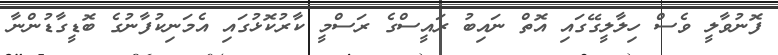
ފޮނުވާލީ ވެސް ހިލާލީގޭގައި އޮތް ނައިބު ރައީސްގެ ރަސްމީ ކާރުކޮޅުގައި އެމަނިކުފާނުގެ ބޮޑީގާޑުންނާ